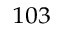
^ { 1 0 3 }